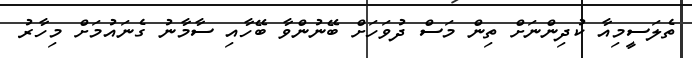
ތެލަސީމިއާ ކުދިންނަށް ތިން މަސް ދުވަހަށް ބޭނުންވާ ބޭހާއި ސާމާނު ގެނައުމަށް މިހާރު